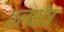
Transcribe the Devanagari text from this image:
तलक्षेत्र